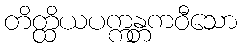
တိတ္ထိယပက္ကန္တကဝီသော